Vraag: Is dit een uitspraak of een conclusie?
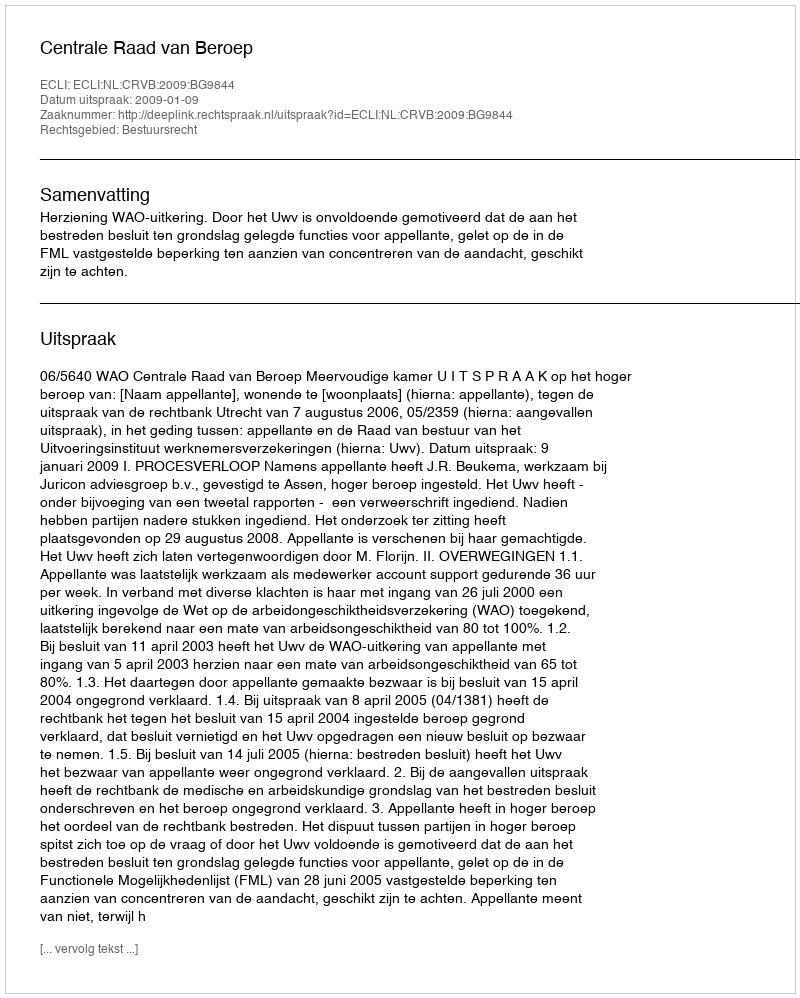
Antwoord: Uitspraak